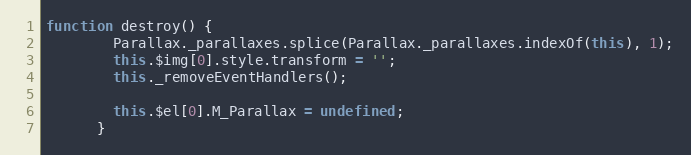
Language: JavaScript
function destroy() {
        Parallax._parallaxes.splice(Parallax._parallaxes.indexOf(this), 1);
        this.$img[0].style.transform = '';
        this._removeEventHandlers();

        this.$el[0].M_Parallax = undefined;
      }